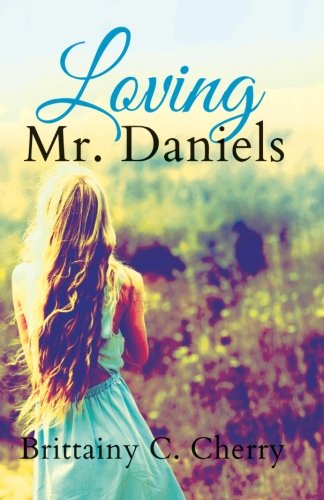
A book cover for Loving Mr. Daniels; Brittainy C. Cherry; Romance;